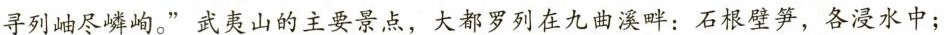
千寻列岫尽嶙峋。”武夷山的主要景点，大都罗列在九曲溪畔：石根壁笋，各浸水中；